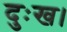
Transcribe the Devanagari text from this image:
दुःख।